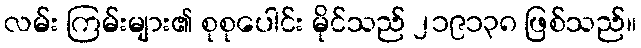
လမ်း ကြမ်းများ၏ စုစုပေါင်း မိုင်သည် ၂၁၉၁၃၈ ဖြစ်သည်။